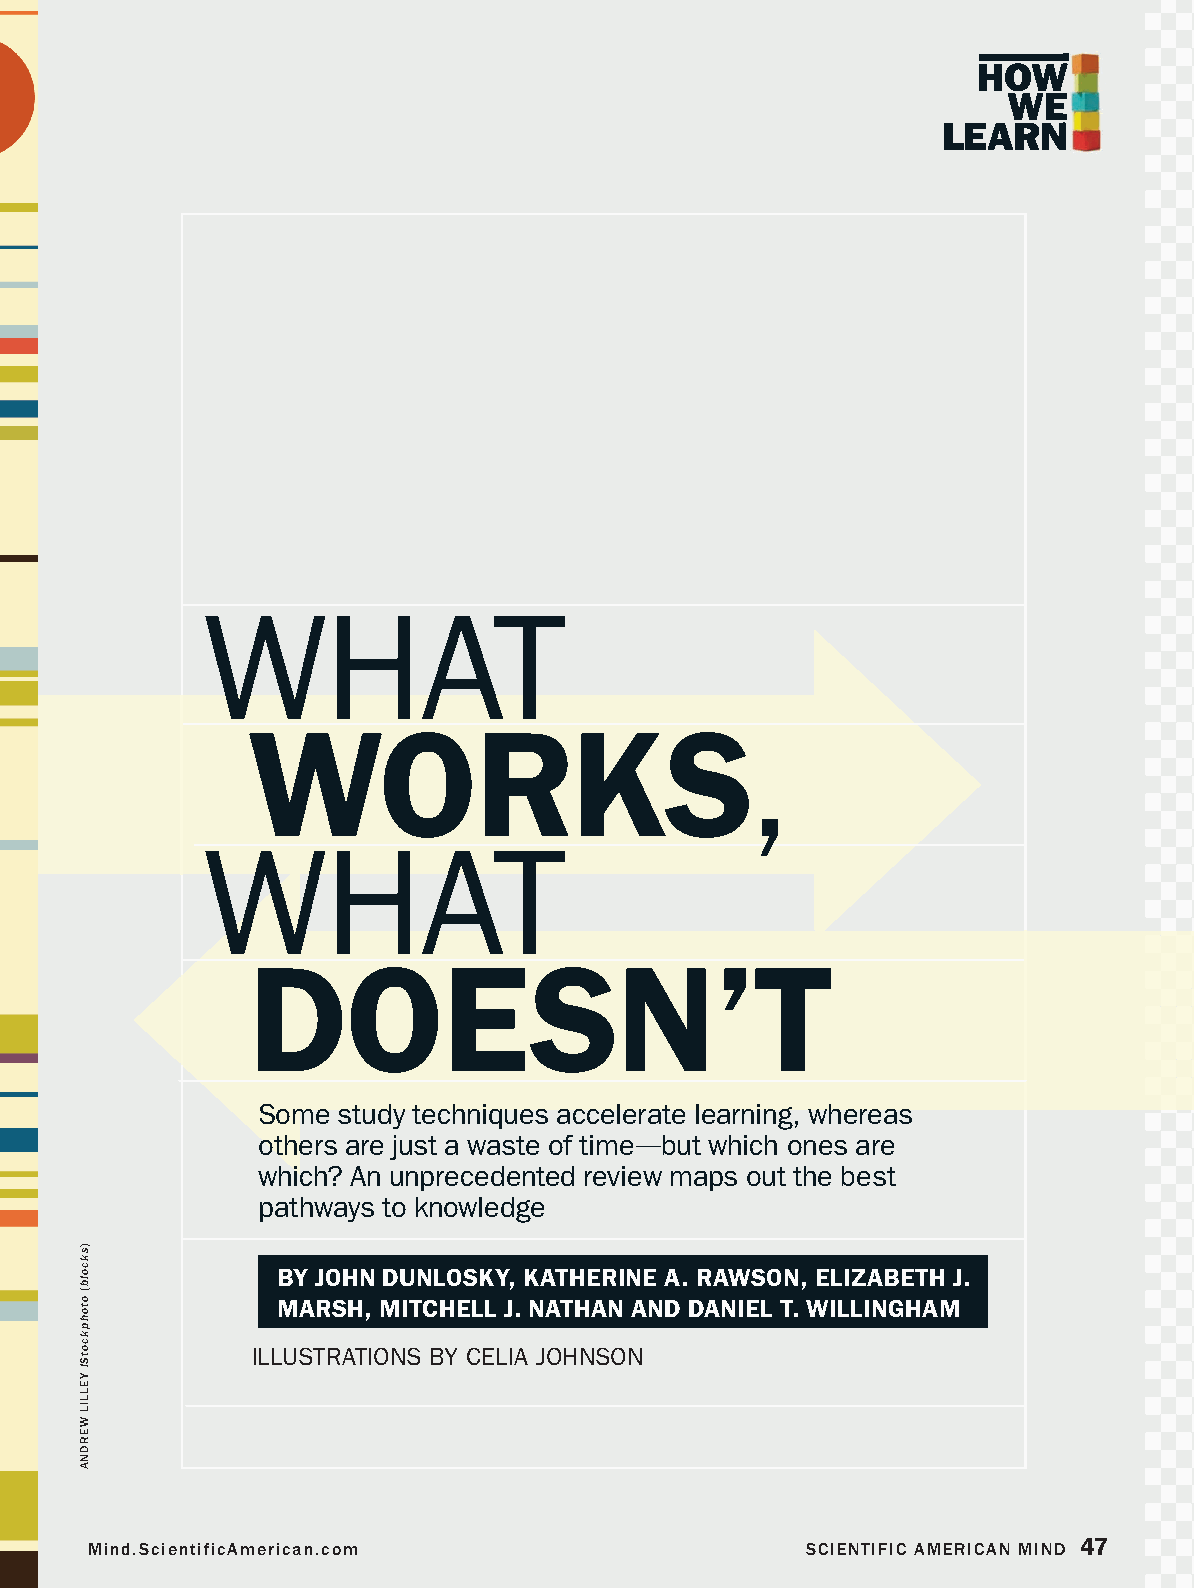
HHOOWW
 WWEE
 LLEEAARRNN
 WHAT
 WORKS,
 WHAT
 DOESN’T
 Some study techniques accelerate learning, whereas
 others are just a waste of time—but which ones are
 which? An unprecedented review maps out the best
 pathways to knowledge
 BY JOHN DUNLOSKY, KATHERINE A. RAWSON, ELIZABETH J.
 MARSH, MITCHELL J. NATHAN AND DANIEL T. WILLINGHAM
 ILLUSTRATIONS BY CELIA JOHNSON
 Mind.ScientificAmerican.com                    SCIENTIFIC AMERICAN MIND 47
 miq513Dunl3p.indd 47                                                    7/1/13 6:04 PM
 )skcolb(
 otohpkcotSi
 YELLIL
 WERDNA